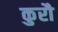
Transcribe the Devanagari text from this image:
कुरौ